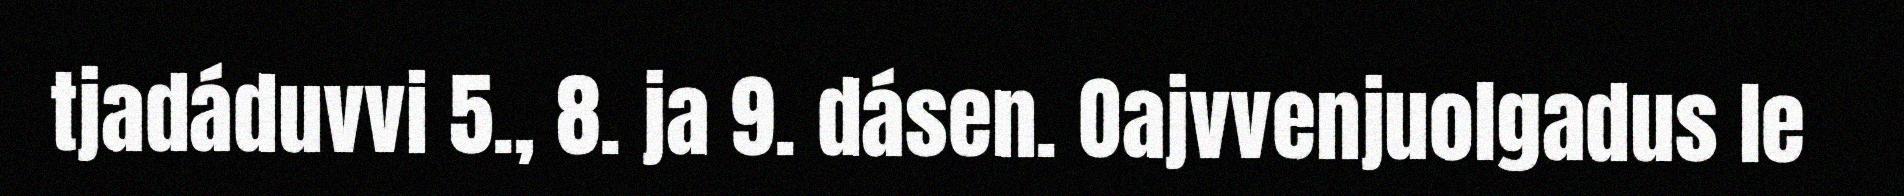
tjadáduvvi 5., 8. ja 9. dásen. Oajvvenjuolgadus le